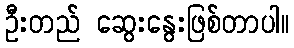
ဦးတည် ဆွေးနွေးဖြစ်တာပါ။